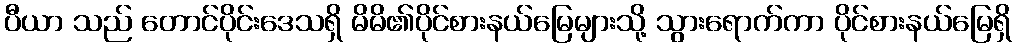
ပီယာ သည် တောင်ပိုင်းဒေသရှိ မိမိ၏ပိုင်စားနယ်မြေများသို့ သွားရောက်ကာ ပိုင်စားနယ်မြေရှိ